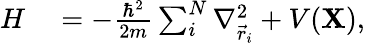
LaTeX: \begin{array}{rl}{H}&{{}=-\frac{\hbar^{2}}{2m}\sum_{i}^{N}\nabla_{\vec{r}_{i}}^{2}+V(\mathbf{X}),}\end{array}